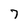
Character: 7